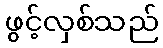
ဖွင့်လှစ်သည်